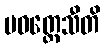
ပဝတ္တေသီတိ